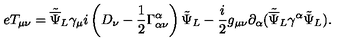
e T _ { \mu \nu } = { \tilde { \overline { \Psi } } _ { L } } { \gamma _ { \mu } } i \left( D _ { \nu } - \frac { 1 } { 2 } \Gamma _ { \alpha \nu } ^ { \alpha } \right) { \tilde { \Psi } } _ { L } - \frac { i } { 2 } g _ { \mu \nu } \partial _ { \alpha } ( { \tilde { \overline { \Psi } } } _ { L } \gamma ^ { \alpha } { \tilde { \Psi } _ { L } } ) . \nonumber \,